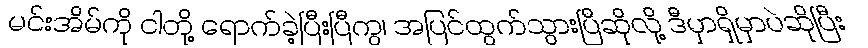
မင်းအိမ်ကို ငါတို့ ရောက်ခဲ့ပြီးပြီကွ၊ အပြင်ထွက်သွားပြီဆိုလို့ ဒီမှာရှိမှာပဲဆိုပြီး